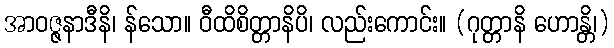
အာဝဇ္ဇနာဒီနိ၊ န်သော။ ဝီထိစိတ္တာနိပိ၊ လည်းကောင်း။ (ဂုတ္တာနိ ဟောန္တိ၊)